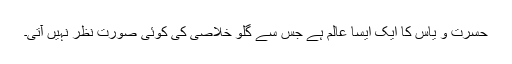
حسرت و یاس کا ایک ایسا عالم ہے جس سے گلو خلاصی کی کوئی صورت نظر نہیں آتی۔